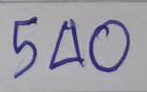
540